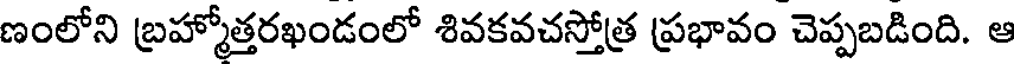
ణంలోని బ్రహ్మోత్తరఖండంలో శివకవచస్తోత్ర ప్రభావం చెప్పబడింది. ఆ